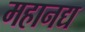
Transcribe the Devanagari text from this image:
महानद्य